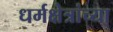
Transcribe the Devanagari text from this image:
धर्मक्षेत्रांच्या